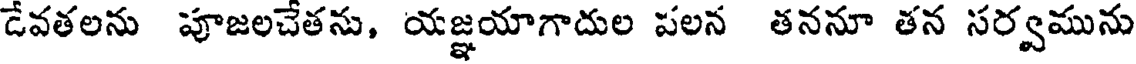
డేవతలను పూజలచేతను, యజ్ఞయాగాదుల పలన తననూ తన సర్వమును